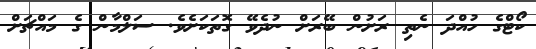
ކޯޓްގެ ހުއްދަ ނެތި ރަށުން ބޭރަށް ނުދެވޭ ގޮތަކަށެވެ. ސަލްމާން ގެ މައްޗަށް